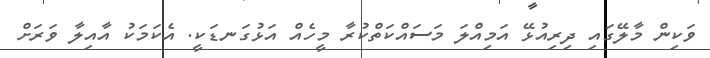
ވަކިން މާލޭގައި ދިރިއުޅޭ އަމިއްލަ މަސައްކަތްކުރާ މީހެއް އަޅުގަނޑަކީ. އެކަމަކު އާއިލާ ވަރަށް